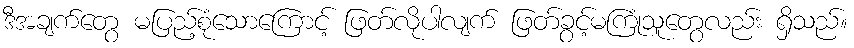
ဒီအချက်တွေ မပြည့်စုံသောကြောင့် ဖြတ်လိုပါလျက် ဖြတ်ခွင့်မကြုံသူတွေလည်း ရှိသည်။